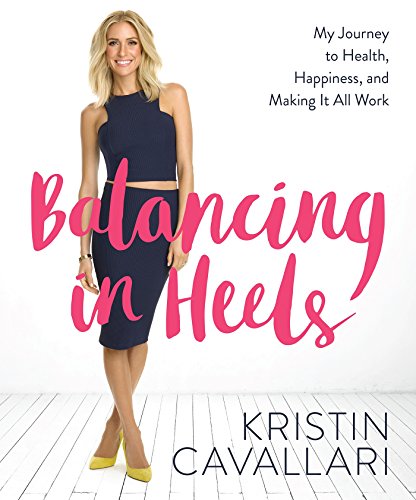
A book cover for Balancing in Heels: My Journey to Health, Happiness, and Making it all Work; Kristin Cavallari; Parenting & Relationships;